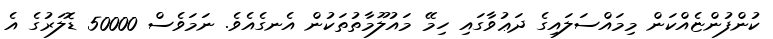
ކުންފުންޏެއްކަން މިމައްސަލައިގެ ދަޢުވާގައި ހިމޭ މައުލޫމާތުތަކުން އެނގެއެވެ. ނަމަވެސް 50000 ޑޮލަރުގެ އެ